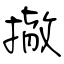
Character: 撤